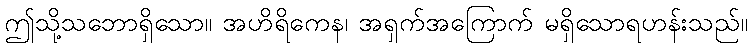
ဤသို့သဘောရှိသော။ အဟိရိကေန၊ အရှက်အကြောက် မရှိသောရဟန်းသည်။